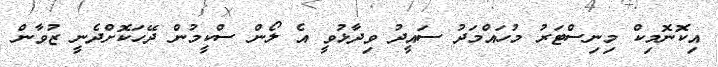
އިކޮނޮމިކް މިނިސްޓަރު މުހައްމަދު ސައީދު ވިދާޅުވީ އެ ލޯން ސްކީމުން ދޭހަކޮށްދެނީ ޒުވާން